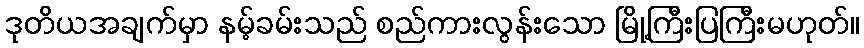
ဒုတိယအချက်မှာ နမ့်ခမ်းသည် စည်ကားလွန်းသော မြို့ကြီးပြကြီးမဟုတ်။